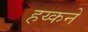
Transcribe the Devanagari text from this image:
हय्कने